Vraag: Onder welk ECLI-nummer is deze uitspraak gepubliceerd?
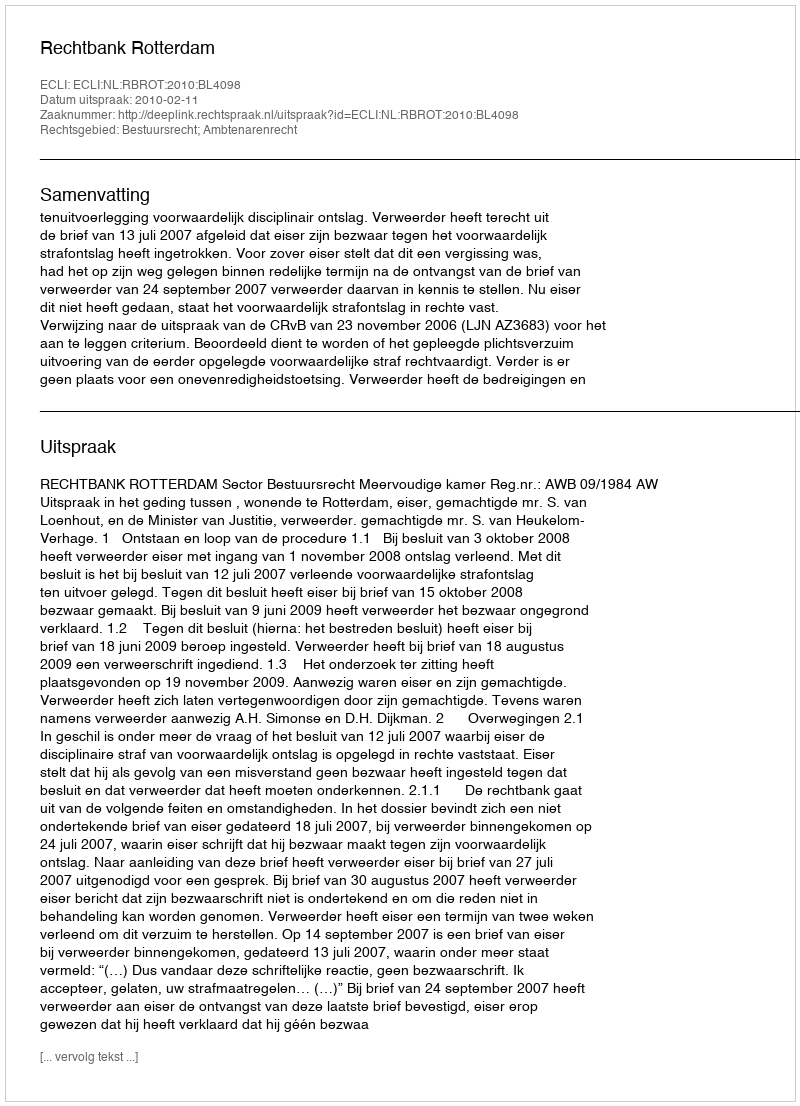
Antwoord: ECLI:NL:RBROT:2010:BL4098